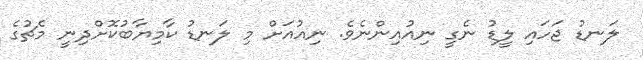
ލަނޑު ޖަހައި ލީޑު ނެގީ ނިއުއިންނެވެ. ނިއުއަށް މި ލަނޑު ކާމިޔާބުކޮށްދިނީ މެޗުގެ